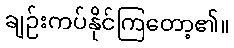
ချဉ်းကပ်နိုင်ကြတော့၏။